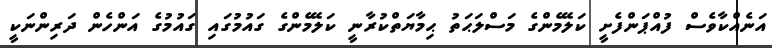
އަނެއްކާވެސް ފުއްޕަންފެށީ ކަލޭމެންގެ މަސްލަޙަތު ޙިމާޔަތްކުރާނީ ކަލޭމެންގެ ގައުމުގައި ގައުމުގެ އަންހެން ދަރިންނަކީ